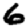
Digit: 6